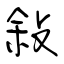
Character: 敍